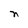
Character: n